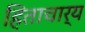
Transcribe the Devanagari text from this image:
हिताचार्य